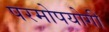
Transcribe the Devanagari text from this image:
परमोपयोगी